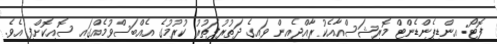
ފޮޓޯ: އިންޑިޕެންޑެންޓް މޮރިޝަސްއާއެކު ރާއްޖެއިން ވައިގެ ދަތުރުފަތުރު ކުރުމުގެ އެއްބަސްވުމެއްގައި ސޮއިކޮށްފި އެވެ.